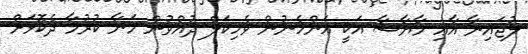
ލުޖައިނާ އާޢި މާޔާސާ އަކީ އަންހެނުން ވެހިކަލް ދުއްވުން މަނާ ކުރުމާ ދެކޮޅަށް